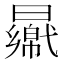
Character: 𣍑